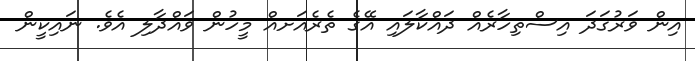
އިން ވަރުގަދަ އިސްތިހާރެއް ދައްކާލައި އޭގެ ތެރެއަށއް މީހުން ވައްދާލި އެވެ. ނައިކީން